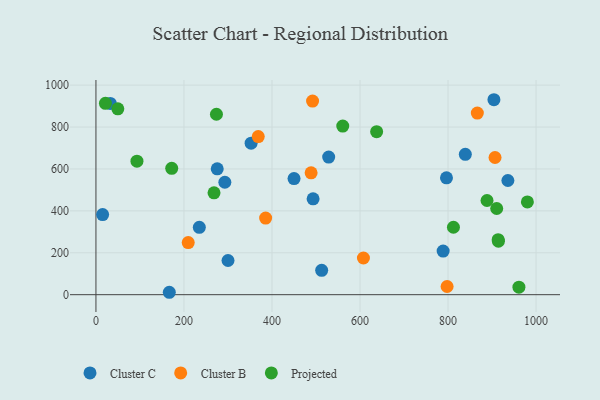
{"axis": {"x": "Ad Spend", "y": "Exam Score"}, "legend": ["Cluster B", "Cluster C", "Projected"], "data": [{"x": "450.1", "y": 554.2, "type": "Cluster C"}, {"x": "275.6", "y": 600.4, "type": "Cluster C"}, {"x": "796.5", "y": 557.8, "type": "Cluster C"}, {"x": "15.2", "y": 382.5, "type": "Cluster C"}, {"x": "839.3", "y": 669.6, "type": "Cluster C"}, {"x": "493.4", "y": 457.5, "type": "Cluster C"}, {"x": "936.0", "y": 545.0, "type": "Cluster C"}, {"x": "904.3", "y": 930.4, "type": "Cluster C"}, {"x": "300.1", "y": 163.2, "type": "Cluster C"}, {"x": "352.6", "y": 723.1, "type": "Cluster C"}, {"x": "32.6", "y": 912.9, "type": "Cluster C"}, {"x": "234.9", "y": 321.6, "type": "Cluster C"}, {"x": "292.9", "y": 536.6, "type": "Cluster C"}, {"x": "788.9", "y": 208.2, "type": "Cluster C"}, {"x": "528.8", "y": 656.7, "type": "Cluster C"}, {"x": "512.9", "y": 116.3, "type": "Cluster C"}, {"x": "166.7", "y": 11.5, "type": "Cluster C"}, {"x": "488.9", "y": 581.4, "type": "Cluster B"}, {"x": "209.7", "y": 248.7, "type": "Cluster B"}, {"x": "368.8", "y": 754.4, "type": "Cluster B"}, {"x": "866.6", "y": 866.8, "type": "Cluster B"}, {"x": "492.2", "y": 923.8, "type": "Cluster B"}, {"x": "607.8", "y": 175.0, "type": "Cluster B"}, {"x": "385.6", "y": 365.6, "type": "Cluster B"}, {"x": "906.8", "y": 654.7, "type": "Cluster B"}, {"x": "797.9", "y": 39.1, "type": "Cluster B"}, {"x": "961.1", "y": 35.8, "type": "Projected"}, {"x": "93.2", "y": 637.0, "type": "Projected"}, {"x": "812.3", "y": 321.8, "type": "Projected"}, {"x": "268.3", "y": 486.2, "type": "Projected"}, {"x": "172.2", "y": 603.2, "type": "Projected"}, {"x": "560.8", "y": 804.5, "type": "Projected"}, {"x": "914.5", "y": 255.2, "type": "Projected"}, {"x": "913.9", "y": 262.4, "type": "Projected"}, {"x": "910.6", "y": 411.2, "type": "Projected"}, {"x": "637.8", "y": 777.7, "type": "Projected"}, {"x": "273.8", "y": 861.0, "type": "Projected"}, {"x": "888.6", "y": 449.4, "type": "Projected"}, {"x": "21.6", "y": 913.4, "type": "Projected"}, {"x": "980.3", "y": 442.7, "type": "Projected"}, {"x": "49.7", "y": 887.2, "type": "Projected"}]}